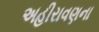
અહીરાવણના